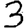
Digit: 3